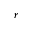
^ { r }